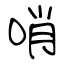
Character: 哨